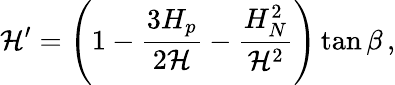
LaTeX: \mathcal{H}^{\prime}=\left(1-\frac{{3H_{p}}}{{2\mathcal{H}}}-\frac{{H_{N}^{2}}}{{\mathcal{H}^{2}}}\right)\tan\beta\, ,